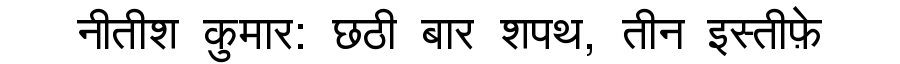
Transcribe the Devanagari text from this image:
नीतीश कुमार: छठी बार शपथ, तीन इस्तीफ़े